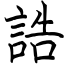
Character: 誥